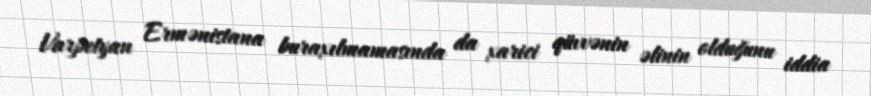
Varpetyan Ermənistana buraxılmamasında da xarici qüvvənin əlinin olduğunu iddia